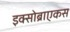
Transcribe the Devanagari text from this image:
इक्सोब्राएकस